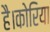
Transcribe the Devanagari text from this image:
है।कोरिया